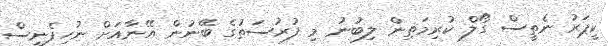
ކީޕަރު ނެތީސް ގޯލް ކުރިމަތިން ލިބުނު މި ފުރުސަތުގެ ބޭނުން އޭނާއަށް ނުހިފެނީސް